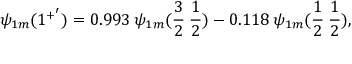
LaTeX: \psi _ { 1 m } ( 1 ^ { + ^ { \prime } } ) = 0 . 9 9 3 \: \psi _ { 1 m } ( \frac { 3 } { 2 } \: \frac { 1 } { 2 } ) - 0 . 1 1 8 \: \psi _ { 1 m } ( \frac { 1 } { 2 } \: \frac { 1 } { 2 } ) ,